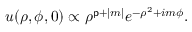
u ( \rho , \phi , 0 ) \propto \rho ^ { { \mathsf { p } } + | m | } e ^ { - \rho ^ { 2 } + i m \phi } .